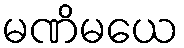
မဏိမယေ